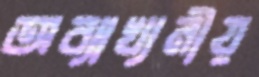
অব্যাখ্যনীয়